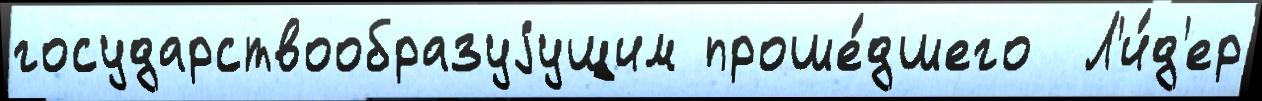
государствообразуjущим проше́дшего  Л'и́д'ер